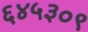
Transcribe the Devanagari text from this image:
६४५३०९